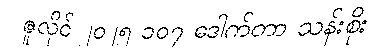
ဇူလိုင် ၂၀၂၅ ၁၀၇ ဒေါက်တာ သန်းစိုး